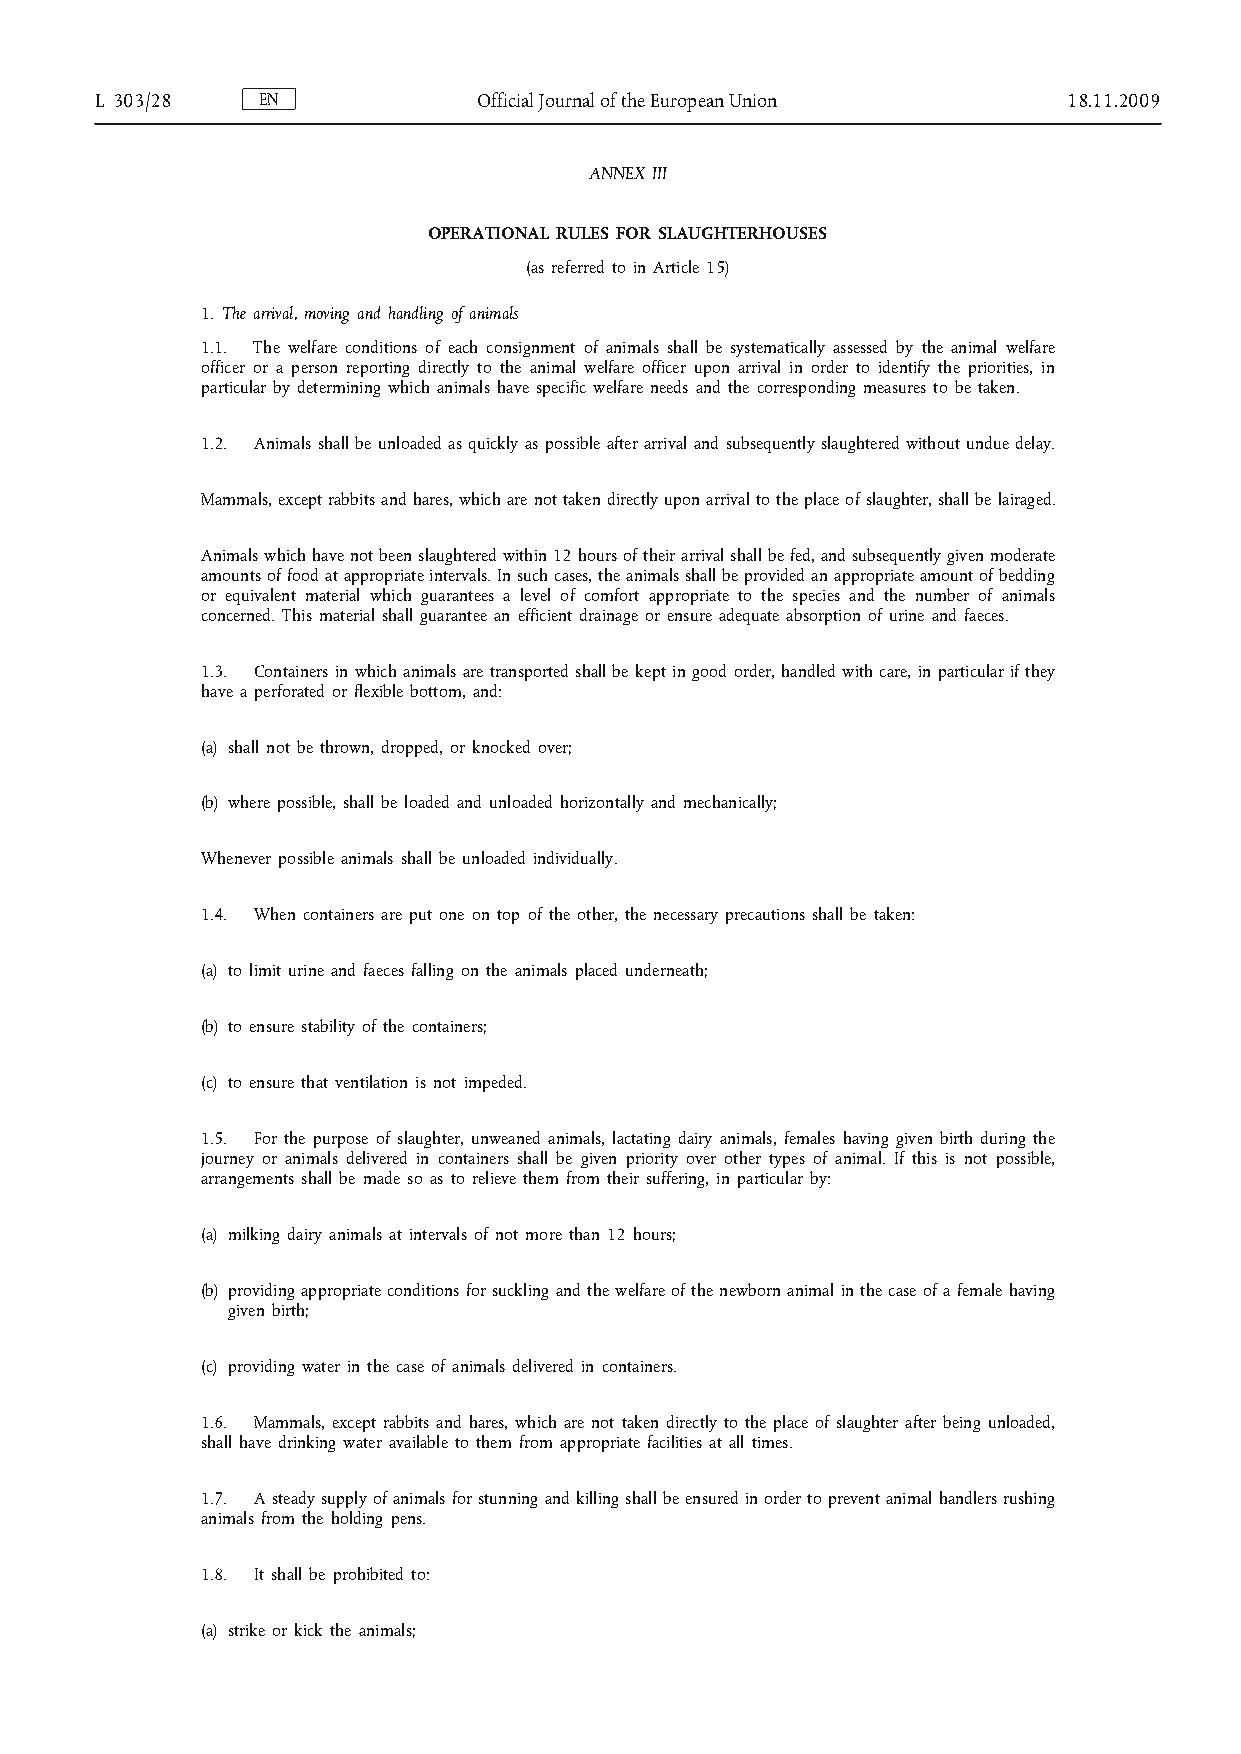
L 303/28   EN             Official Journal of the European Union 18.11.2009
 ANNEX III
 OPERATIONAL RULES FOR SLAUGHTERHOUSES
 (as referred to in Article 15)
 1. The arrival, moving and handling of animals
 1.1. The welfare conditions of each consignment of animals shall be systematically assessed by the animal welfare
 officer or a person reporting directly to the animal welfare officer upon arrival in order to identify the priorities, in
 particular by determining which animals have specific welfare needs and the corresponding measures to be taken.
 1.2. Animals shall be unloaded as quickly as possible after arrival and subsequently slaughtered without undue delay.
 Mammals, except rabbits and hares, which are not taken directly upon arrival to the place of slaughter, shall be lairaged.
 Animals which have not been slaughtered within 12 hours of their arrival shall be fed, and subsequently given moderate
 amounts of food at appropriate intervals. In such cases, the animals shall be provided an appropriate amount of bedding
 or equivalent material which guarantees a level of comfort appropriate to the species and the number of animals
 concerned. This material shall guarantee an efficient drainage or ensure adequate absorption of urine and faeces.
 1.3. Containers in which animals are transported shall be kept in good order, handled with care, in particular if they
 have a perforated or flexible bottom, and:
 (a) shall not be thrown, dropped, or knocked over;
 (b) where possible, shall be loaded and unloaded horizontally and mechanically;
 Whenever possible animals shall be unloaded individually.
 1.4. When containers are put one on top of the other, the necessary precautions shall be taken:
 (a) to limit urine and faeces falling on the animals placed underneath;
 (b) to ensure stability of the containers;
 (c) to ensure that ventilation is not impeded.
 1.5. For the purpose of slaughter, unweaned animals, lactating dairy animals, females having given birth during the
 journey or animals delivered in containers shall be given priority over other types of animal. If this is not possible,
 arrangements shall be made so as to relieve them from their suffering, in particular by:
 (a) milking dairy animals at intervals of not more than 12 hours;
 (b) providing appropriate conditions for suckling and the welfare of the newborn animal in the case of a female having
 given birth;
 (c) providing water in the case of animals delivered in containers.
 1.6. Mammals, except rabbits and hares, which are not taken directly to the place of slaughter after being unloaded,
 shall have drinking water available to them from appropriate facilities at all times.
 1.7. A steady supply of animals for stunning and killing shall be ensured in order to prevent animal handlers rushing
 animals from the holding pens.
 1.8. It shall be prohibited to:
 (a) strike or kick the animals;